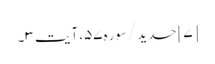
[۷] حدید/سوره۵۷، آیت ۳۔